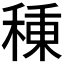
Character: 𥠗